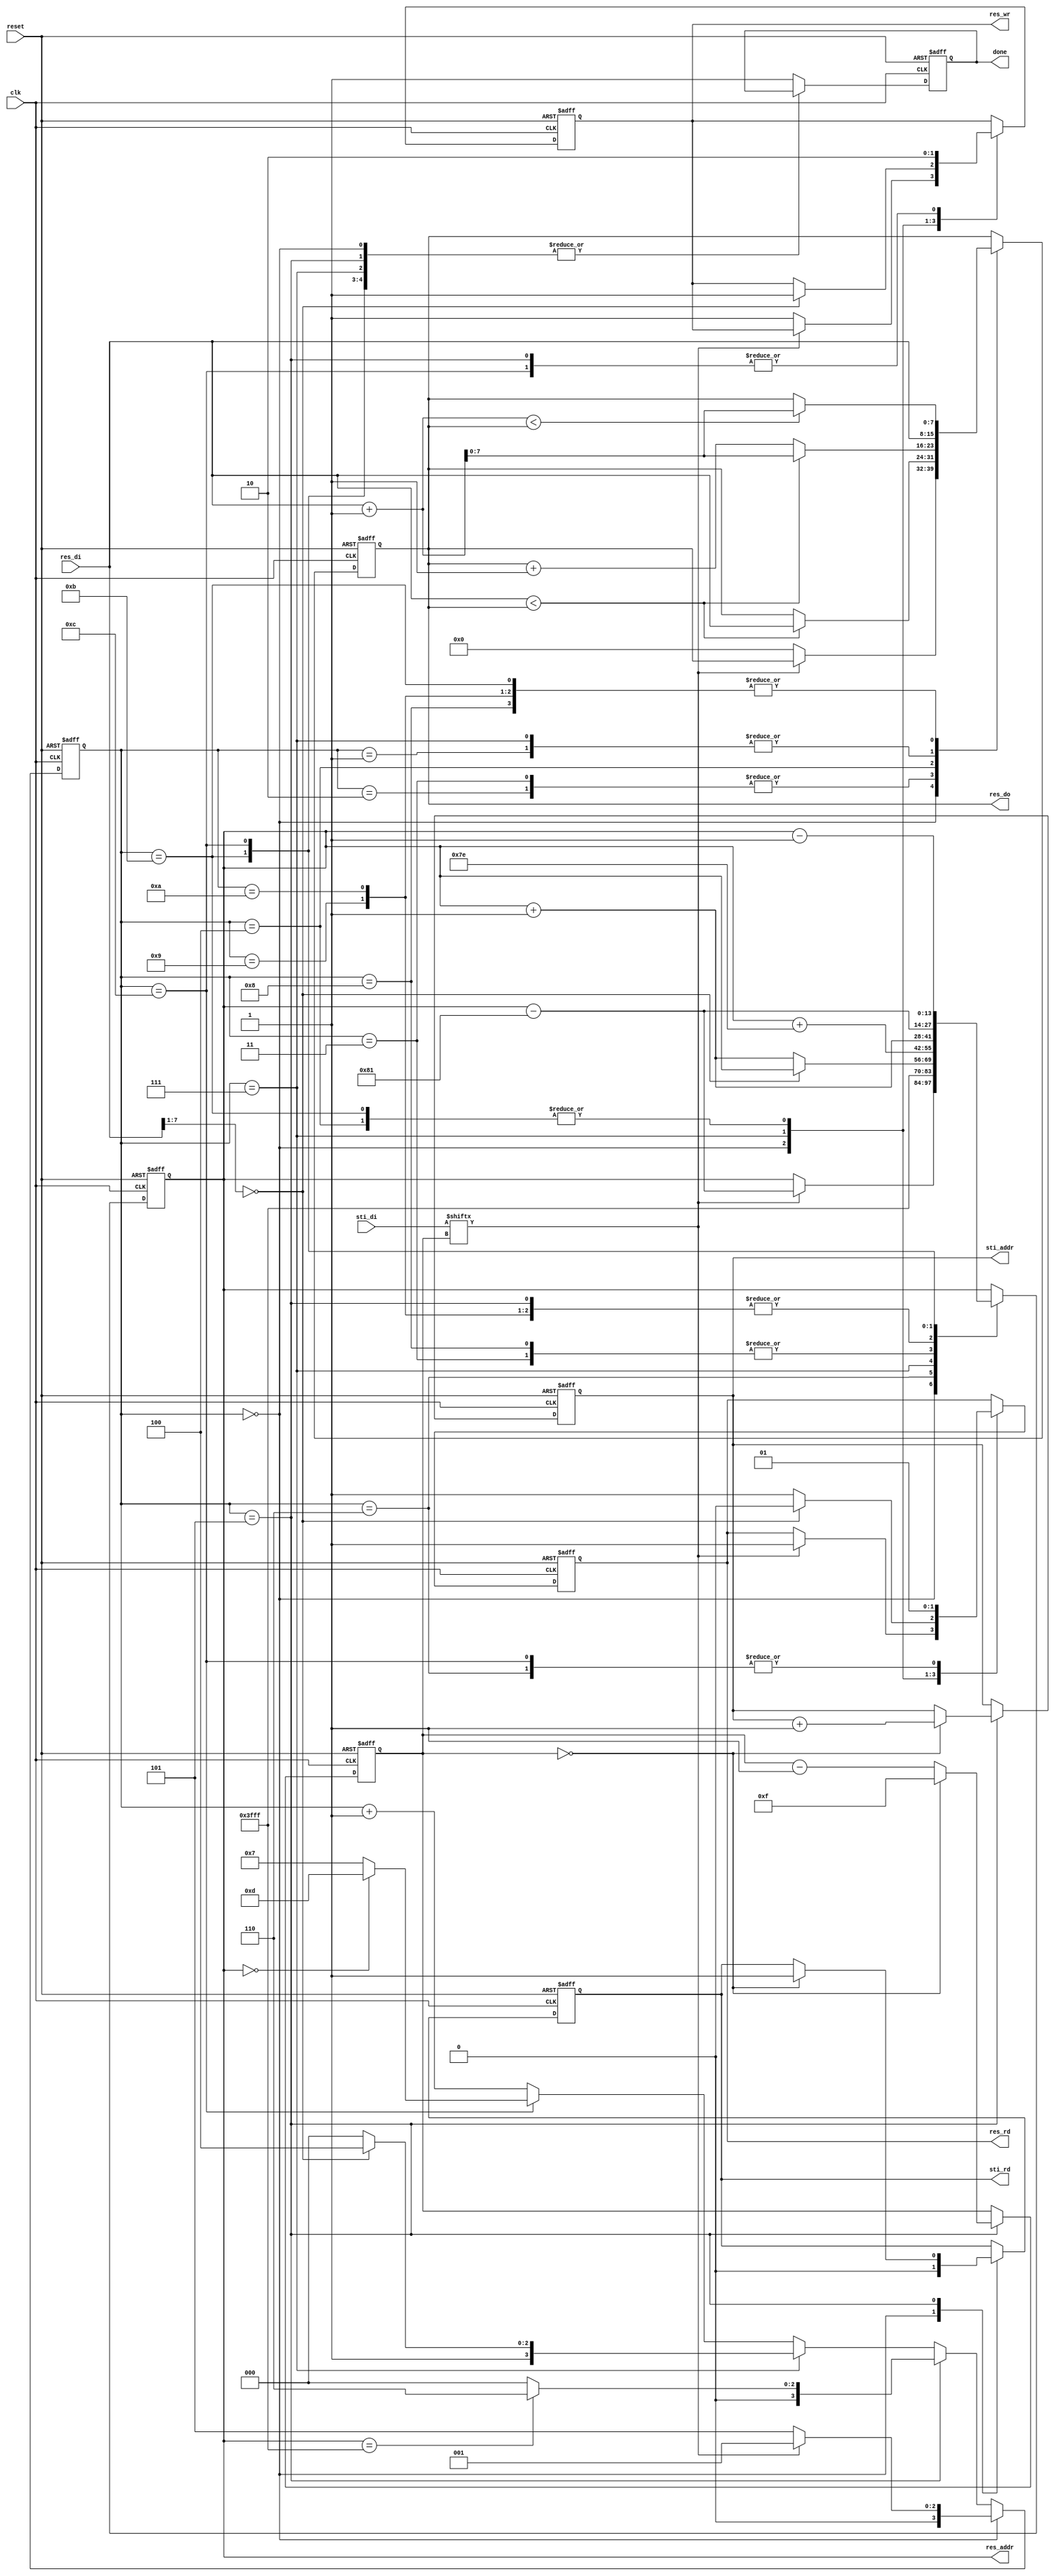
module DT(
	input clk, 
	input reset,
	output reg done ,
	output reg sti_rd ,
	output reg [9:0] sti_addr ,
	input [15:0] sti_di,
	output reg res_wr ,
	output reg res_rd ,
	output reg [13:0] res_addr ,
	output reg [7:0] res_do,
	input [7:0]	res_di
);

reg [3:0] state, next;
reg [3:0] index;

always @ (posedge clk or negedge reset) begin
	if(!reset) begin
		done <= 0;
		sti_rd <= 1;
		sti_addr <= 0;
		res_wr <= 0;
		res_rd <= 0;
		res_addr <= 0;
		res_do <= 0;
		state <= 0;
		index <= 15;
	end
	else begin
		state <= next;
		case(state)
			4'd0: begin 
				sti_rd <= 0;
				if(sti_di[index] == 0) begin // background, res_do = 0
					res_wr <= 1;
					res_do <= 0;
				end
				else begin // object, res_do = (min + 1)
					res_rd <= 1;
					res_addr <= res_addr - 129; 
				end
			end
			4'd1: begin // NW
				res_do <= res_di;
				res_addr <= res_addr + 1;
			end
			4'd2: begin // N
				res_addr <= res_addr + 1;
				if(res_di < res_do) 
					res_do <= res_di;
			end
			4'd3: begin // NE
				res_addr <= res_addr + 126;
				if(res_di < res_do) 
					res_do <= res_di;
			end
			4'd4: begin // W
				res_wr <= 1;
				res_rd <= 0;
				res_addr <= res_addr + 1;
				if(res_di < res_do)
					res_do <= res_di + 1;
				else 
					res_do <= res_do + 1;
			end				
			4'd5: begin
				res_wr <= 0;
				res_addr <= res_addr + 1;
				if(index == 0) begin
					sti_rd <= 1;
					sti_addr <= sti_addr + 1;
					index <= 15;
				end
				else 
					index <= index - 1;
			end
			4'd6: begin 
				res_rd <= 1;
				res_addr <= 16383;
			end
			4'd7: begin // Px,y
				res_do <= res_di;
				if(res_di[7:1] == 7'b0000000) begin
					res_wr <= 1;
					res_rd <= 0;
				end
				else begin
					res_rd <= 1;
					res_addr <= res_addr + 1;
				end
			end
			4'd8: begin // E
				res_addr <= res_addr + 126;
				if((res_di + 1) < res_do)
					res_do <= res_di + 1;	
			end
			4'd9: begin // SW 
				res_addr <= res_addr + 1;
				if((res_di + 1) < res_do)
					res_do <= res_di + 1;
			end
			4'd10: begin // S
				res_addr <= res_addr + 1;
				if((res_di + 1) < res_do)
					res_do <= res_di + 1;
			end
			4'd11: begin // SE
				res_rd <= 0;
				res_wr <= 1;
				res_addr <= res_addr - 129;
				if((res_di + 1) < res_do)
					res_do <= res_di + 1;
			end
			4'd12: begin
				res_rd <= 1;
				res_wr <= 0;
				res_addr <= res_addr - 1;
			end
			default: begin
				done <= 1;
			end
		endcase
	end
end

always @ (*) begin
	if(state == 0) begin
		if(sti_di[index] == 0) 
			next = 5;
		else 
			next = 1;
	end
	else if(state == 5) begin
		if(res_addr == 16383) // finish forward pass
			next = 6;
		else 
			next = 0;
	end
	else if(state == 7) begin
		if(res_di[7:1] == 7'b0000000)
			next = 12;
		else 
			next = 8;
	end
	else if(state == 12) begin
		if(res_addr == 0) // done 
			next = 13;
		else 
			next = 7;
	end
	else 
		next = state + 1;
end

endmodule